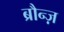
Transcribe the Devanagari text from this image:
ब्रौन्ज़